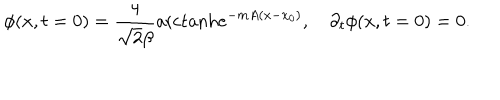
LaTeX: \phi ( x , t = 0 ) = { \frac { 4 } { \sqrt 2 \beta } } \mathrm { a r c t a n h } e ^ { - m A ( x - x _ { 0 } ) } , \quad \partial _ { t } \phi ( x , t = 0 ) = 0 .